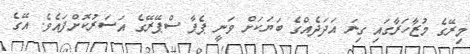
މިރޭގެ މުޒާހަރާގައި ގިނަ އަދަދެއްގެ ބަޔަކަށް ވަނީ ޕެޕާ ސްޕޭރޭގެ އަސަރުކޮށްފައެވެ. އޭގެ